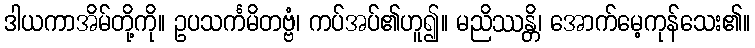
ဒါယကာအိမ်တို့ကို။ ဥပသင်္ကမိတဗ္ဗံ၊ ကပ်အပ်၏ဟူ၍။ မညိဿန္တိ၊ အောက်မေ့ကုန်သေး၏။